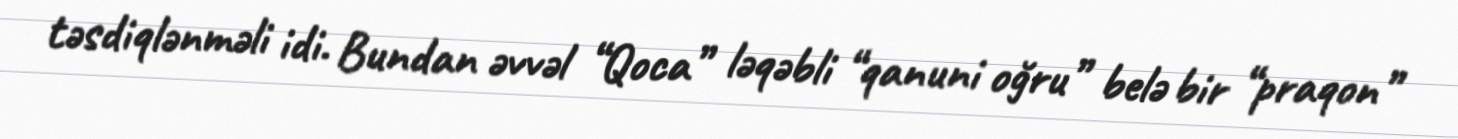
təsdiqlənməli idi. Bundan əvvəl “Qoca” ləqəbli “qanuni oğru” belə bir “praqon”